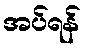
အပ်ရန်